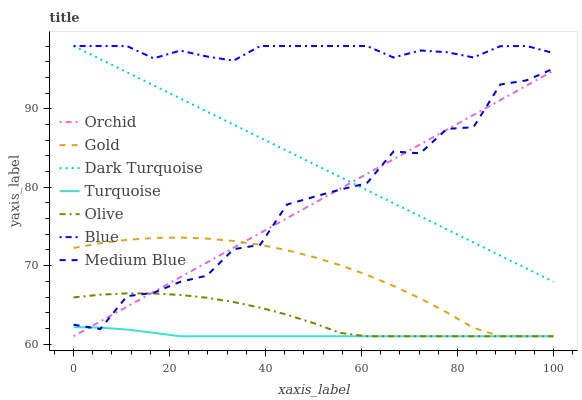
| xaxis_label | Orchid | Gold | Dark Turquoise | Turquoise | Olive | Blue | Medium Blue |
 | --- | --- | --- | --- | --- | --- | --- | --- |
 | 0 | 61 | 72.3 | 98 | 62.2 | 66 | 98 | 62.5 |
 | 5.56 | 62.9 | 72.9 | 96.3 | 62.1 | 66.3 | 98 | 61.9 |
 | 11.1 | 64.8 | 73.3 | 94.7 | 61.9 | 66.5 | 98 | 66.1 |
 | 16.7 | 66.6 | 73.5 | 93 | 61.4 | 66.5 | 96.4 | 66.5 |
 | 22.2 | 68.5 | 73.6 | 91.3 | 61 | 66.3 | 97.4 | 67.9 |
 | 27.8 | 70.4 | 73.5 | 89.7 | 61 | 65.9 | 96.7 | 68.7 |
 | 33.3 | 72.3 | 73.1 | 88 | 61 | 65.4 | 96.1 | 72.1 |
 | 38.9 | 74.2 | 72.6 | 86.3 | 61 | 64.6 | 98 | 72.7 |
 | 44.4 | 76 | 72 | 84.6 | 61 | 63.7 | 98 | 77.8 |
 | 50 | 77.9 | 71.1 | 83 | 61 | 62.7 | 98 | 78.8 |
 | 55.6 | 79.8 | 70.1 | 81.3 | 61 | 61.4 | 98 | 79.7 |
 | 61.1 | 81.7 | 68.8 | 79.6 | 61 | 61 | 98 | 80.5 |
 | 66.7 | 83.6 | 67.4 | 78 | 61 | 61 | 96.5 | 84.6 |
 | 72.2 | 85.5 | 65.8 | 76.3 | 61 | 61 | 97.4 | 84.3 |
 | 77.8 | 87.3 | 64 | 74.6 | 61 | 61 | 97.2 | 87.4 |
 | 83.3 | 89.2 | 62.1 | 73 | 61 | 61 | 96.5 | 87.7 |
 | 88.9 | 91.1 | 61 | 71.3 | 61 | 61 | 98 | 93.1 |
 | 94.4 | 93 | 61 | 69.6 | 61 | 61 | 98 | 93.6 |
 | 100 | 94.9 | 61 | 67.9 | 61 | 61 | 97.1 | 95.1 |